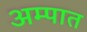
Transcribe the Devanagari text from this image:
अम्पात